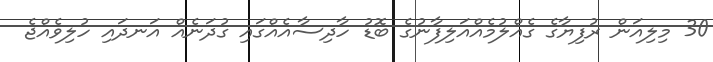
30 މިލިއަން ރުފިޔާގެ ގެއްލުމެއްއަލިފާނުގެ ބޮޑު ހާދިސާއެއްގައި ގުދަނެއް އަނދައި ހުލިވެއްޖެ